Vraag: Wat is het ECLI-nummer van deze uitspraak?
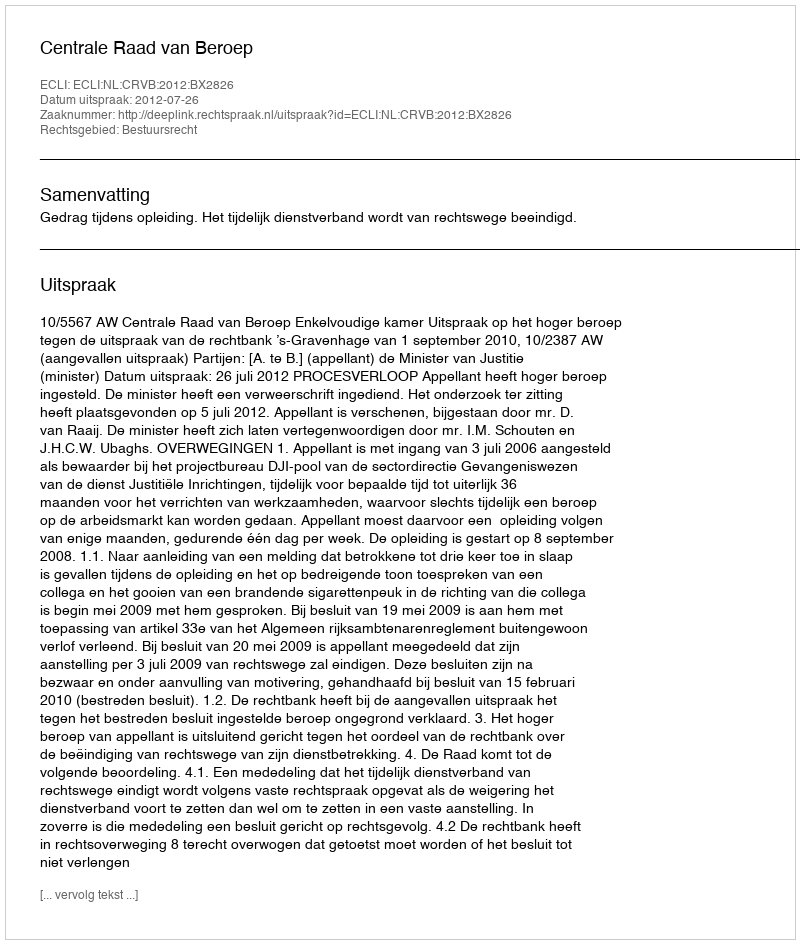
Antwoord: ECLI:NL:CRVB:2012:BX2826